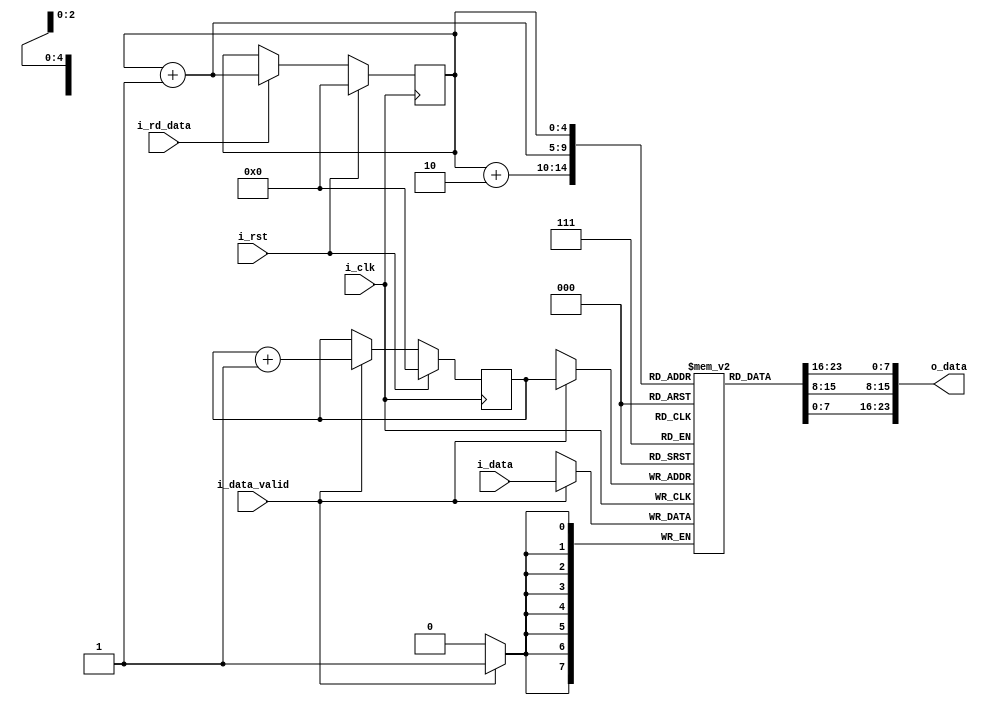
`timescale 1ns / 1ps

// 28x28 image after feature extraction
// input data 8 bit
// 5 bit read and write pointer

module lineBuffer(
input   i_clk,
input   i_rst,
input [7:0] i_data,
input   i_data_valid,
output [23:0] o_data,
input i_rd_data
);

reg [7:0] line [27:0]; //line buffer
reg [4:0] wrPntr;
reg [4:0] rdPntr;

always @(posedge i_clk)
begin
    if(i_data_valid)
        line[wrPntr] <= i_data;
end

always @(posedge i_clk)
begin
    if(i_rst)
        wrPntr <= 'd0;
    else if(i_data_valid)
        wrPntr <= wrPntr + 'd1;
end

assign o_data = {line[rdPntr],line[rdPntr+1],line[rdPntr+2]};

always @(posedge i_clk)
begin
    if(i_rst)
        rdPntr <= 'd0;
    else if(i_rd_data)
        rdPntr <= rdPntr + 'd1;
end


endmodule